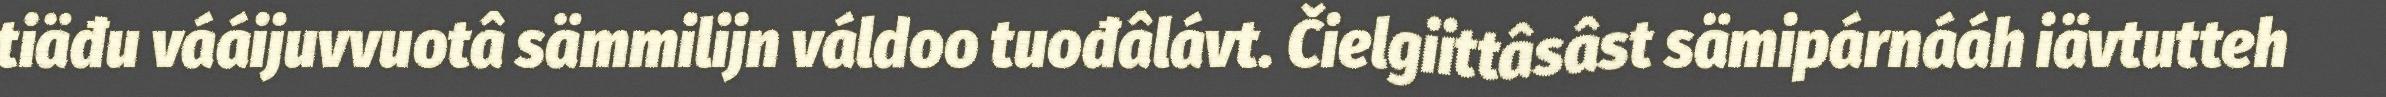
tiäđu vááijuvvuotâ sämmilijn váldoo tuođâlávt. Čielgiittâsâst sämipárnááh iävtutteh